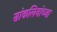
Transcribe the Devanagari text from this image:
सांकलियांच्या